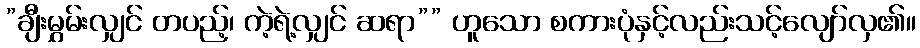
”ချီးမွှမ်းလျှင် တပည့်၊ ကဲ့ရဲ့လျှင် ဆရာ”” ဟူသော စကားပုံနှင့်လည်းသင့်လျော်လှ၏။